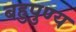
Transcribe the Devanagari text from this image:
बहुपुण्य